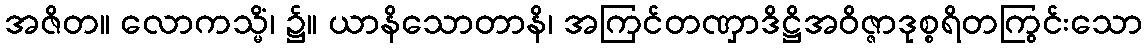
အဇိတ။ လောကသ္မိံ၊ ၌။ ယာနိသောတာနိ၊ အကြင်တဏှာဒိဋ္ဌိအဝိဇ္ဇာဒုစ္စရိတကြွင်းသော